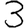
Digit: 3